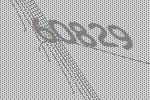
60829